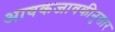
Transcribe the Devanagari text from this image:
आवकजावकीनुसार